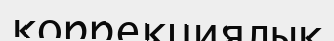
коррекциялық